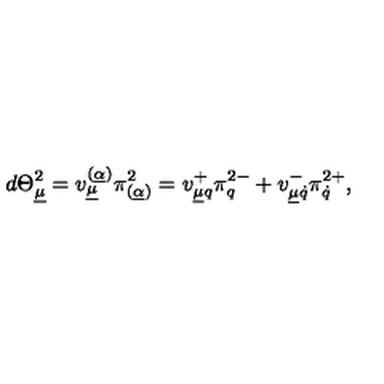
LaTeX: d \Theta _ { \underline { \mu } } ^ { 2 } = v _ { \underline { \mu } } ^ { ( \underline { \alpha } ) } \pi _ { ( \underline { \alpha } ) } ^ { 2 } = v _ { \underline { \mu } q } ^ { + } \pi _ { q } ^ { 2 - } + v _ { \underline { \mu } \dot { q } } ^ { - } \pi _ { \dot { q } } ^ { 2 + } ,